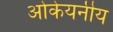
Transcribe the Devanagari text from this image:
ओकेयनीय